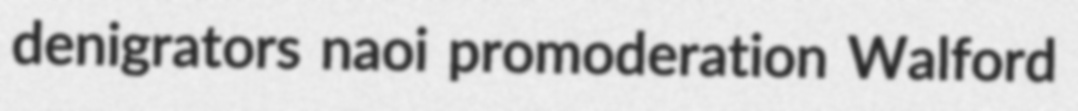
denigrators naoi promoderation Walford